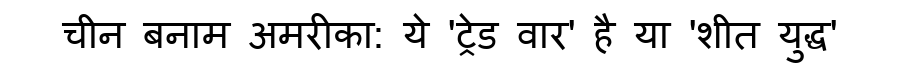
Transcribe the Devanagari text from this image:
चीन बनाम अमरीका: ये 'ट्रेड वार' है या 'शीत युद्ध'